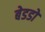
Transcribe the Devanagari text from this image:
बेडडो